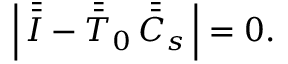
\left| \, \bar { \bar { I } } - \bar { \bar { T } } _ { 0 } \, \bar { \bar { C } } _ { s } \, \right| = 0 .